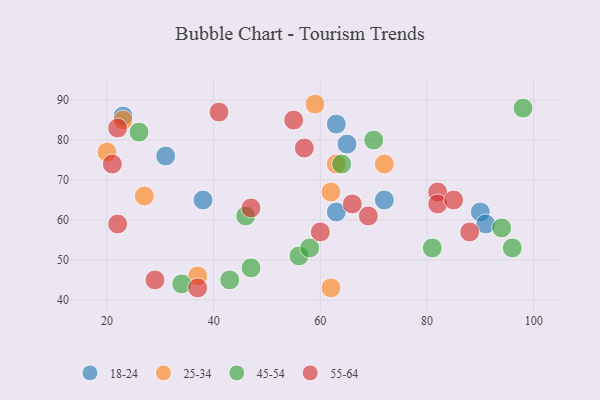
{"axis": {"x": "GDP", "y": "Life Expectancy"}, "legend": ["18-24", "25-34", "45-54", "55-64"], "data": [{"x": "38", "y": 65, "type": "18-24"}, {"x": "63", "y": 62, "type": "18-24"}, {"x": "90", "y": 62, "type": "18-24"}, {"x": "72", "y": 65, "type": "18-24"}, {"x": "65", "y": 79, "type": "18-24"}, {"x": "91", "y": 59, "type": "18-24"}, {"x": "63", "y": 84, "type": "18-24"}, {"x": "23", "y": 86, "type": "18-24"}, {"x": "31", "y": 76, "type": "18-24"}, {"x": "62", "y": 67, "type": "25-34"}, {"x": "59", "y": 89, "type": "25-34"}, {"x": "63", "y": 74, "type": "25-34"}, {"x": "62", "y": 43, "type": "25-34"}, {"x": "72", "y": 74, "type": "25-34"}, {"x": "20", "y": 77, "type": "25-34"}, {"x": "37", "y": 46, "type": "25-34"}, {"x": "23", "y": 85, "type": "25-34"}, {"x": "27", "y": 66, "type": "25-34"}, {"x": "56", "y": 51, "type": "45-54"}, {"x": "43", "y": 45, "type": "45-54"}, {"x": "96", "y": 53, "type": "45-54"}, {"x": "98", "y": 88, "type": "45-54"}, {"x": "34", "y": 44, "type": "45-54"}, {"x": "26", "y": 82, "type": "45-54"}, {"x": "58", "y": 53, "type": "45-54"}, {"x": "81", "y": 53, "type": "45-54"}, {"x": "64", "y": 74, "type": "45-54"}, {"x": "46", "y": 61, "type": "45-54"}, {"x": "47", "y": 48, "type": "45-54"}, {"x": "70", "y": 80, "type": "45-54"}, {"x": "94", "y": 58, "type": "45-54"}, {"x": "88", "y": 57, "type": "55-64"}, {"x": "22", "y": 83, "type": "55-64"}, {"x": "37", "y": 43, "type": "55-64"}, {"x": "21", "y": 74, "type": "55-64"}, {"x": "57", "y": 78, "type": "55-64"}, {"x": "82", "y": 67, "type": "55-64"}, {"x": "41", "y": 87, "type": "55-64"}, {"x": "66", "y": 64, "type": "55-64"}, {"x": "82", "y": 64, "type": "55-64"}, {"x": "55", "y": 85, "type": "55-64"}, {"x": "69", "y": 61, "type": "55-64"}, {"x": "22", "y": 59, "type": "55-64"}, {"x": "60", "y": 57, "type": "55-64"}, {"x": "29", "y": 45, "type": "55-64"}, {"x": "85", "y": 65, "type": "55-64"}, {"x": "47", "y": 63, "type": "55-64"}]}